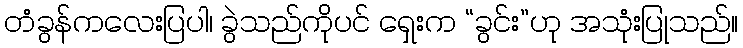
တံခွန်ကလေးပြပါ၊ ခွဲသည်ကိုပင် ရှေးက “ခွင်း”ဟု အသုံးပြုသည်။